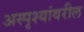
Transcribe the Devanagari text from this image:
अस्पृश्यांवरील